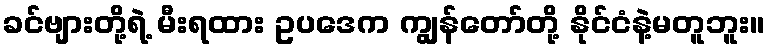
ခင်ဗျားတို့ရဲ့ မီးရထား ဥပဒေက ကျွန်တော်တို့ နိုင်ငံနဲ့မတူဘူး။